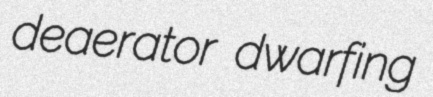
deaerator dwarfing